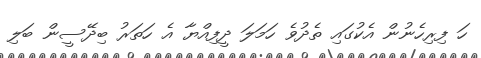
ހަ ފިރިހެނުން އެކުގައި ތެދުވެ ހަމަލަ ދީފިއްޔާ އެ ހަތަރު ބިދޭސީން ބަލި